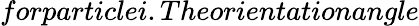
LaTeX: forparticle\textit{i}.Theorientationangle